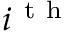
i ^ { \mathrm { ~ t ~ h ~ } }